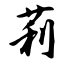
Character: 莉